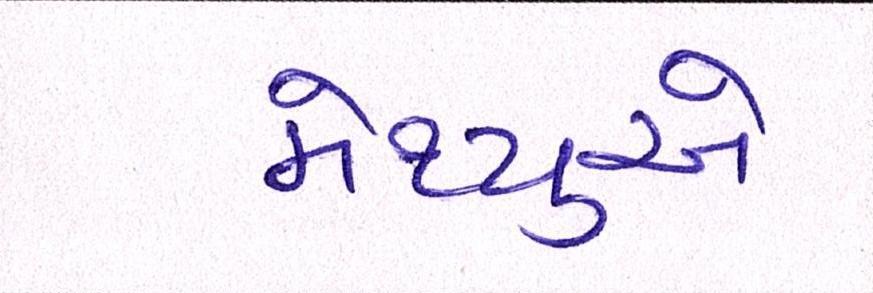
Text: મેથ્યુએ